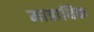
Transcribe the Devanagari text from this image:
मात्राधिक